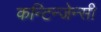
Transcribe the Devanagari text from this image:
कन्टिन्जेन्सी